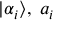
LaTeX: | \alpha _ { i } \rangle , \; a _ { i }